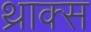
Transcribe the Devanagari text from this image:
थ्राक्स